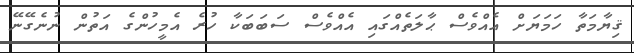
ޤިޔާމަތާ ހަމަޔަށް އެއްވެސް ޙާލަތެއްގައި އެއްވެސް ސަބަބަކާ ހުރެ އެމީހުންގެ އަތުން ނުނެގޭނޭ